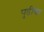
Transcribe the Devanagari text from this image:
पुडीचा